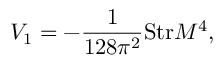
V _ { 1 } = - { \frac { 1 } { 1 2 8 \pi ^ { 2 } } } \mathrm { S t r } { \cal M } ^ { 4 } ,